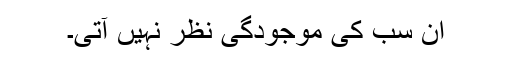
ان سب کی موجودگی نظر نہیں آتی۔